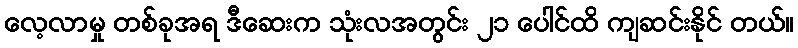
လေ့လာမှု တစ်ခုအရ ဒီဆေးက သုံးလအတွင်း ၂၁ ပေါင်ထိ ကျဆင်းနိုင် တယ်။